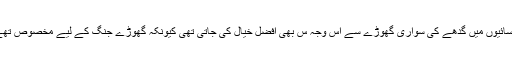
عیسائیوں میں گدھے کی سواری گھوڑے سے اس وجہ س بھی افضل خیال کی جاتی تھی کیونکہ گھوڑے جنگ کے لیے مخصوص تھے۔